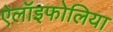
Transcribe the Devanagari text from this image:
ऐलॉइफोलिया